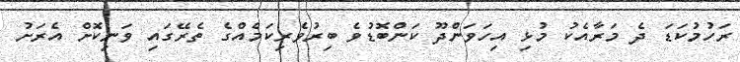
ރަހުމުކަޑަ ދެ މަރާއެކު މުޅި އިހަވަންދޫ ކަންބޮޑުވެ ބިރުވެރިކަމެއްގެ ތެރޭގައި ވަނިކޮށް އެރަށު